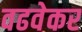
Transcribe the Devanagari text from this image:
वढवेकर